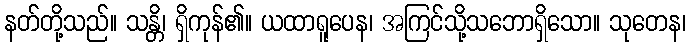
နတ်တို့သည်။ သန္တိ၊ ရှိကုန်၏။ ယထာရူပေန၊ အကြင်သို့သဘောရှိသော။ သုတေန၊